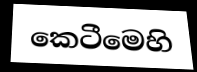
කෙටීමෙහි